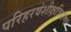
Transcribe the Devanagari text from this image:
परिहरवंशीक्षत्रियॉणॉ